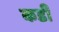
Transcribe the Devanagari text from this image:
कडीं